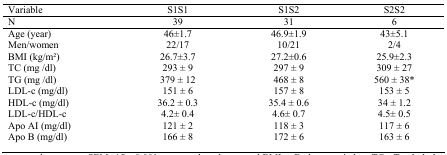
| Variable | S1S1 | S1S2 | S2S2 |
 | N | 39 | 31 | 6 |
 | --- | --- | --- | --- |
 | Age (year) | 46±1.7 | 46.9±1.9 | 43±5.1 |
 | Men/women | 22/17 | 10/21 | 2/4 |
 | BMI (kg/m2) | 26.7±3.7 | 27.2±0.6 | 25.9±2.3 |
 | TC (mg /dl) | 293 ± 9 | 297 ± 9 | 309 ± 27 |
 | TG (mg /dl) | 379 ± 12 | 468 ± 8 | 560 ± 38* |
 | LDL-c (mg/dl) | 151 ± 6 | 157 ± 8 | 153 ± 5 |
 | HDL-c (mg/dl) | 36.2 ± 0.3 | 35.4 ± 0.6 | 34 ± 1.2 |
 | LDL-c/HDL-c | 4.2± 0.4 | 4.6± 0.7 | 4.5± 0.5 |
 | Apo AI (mg/dl) | 121 ± 2 | 118 ± 3 | 117 ± 6 |
 | Apo B (mg/dl) | 166 ± 8 | 172 ± 6 | 163 ± 6 |